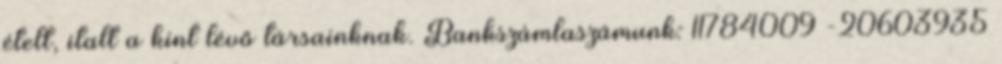
ételt, italt a kint lévő társainknak. Bankszámlaszámunk: 11784009 -20603935